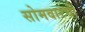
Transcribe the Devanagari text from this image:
सोमवारची